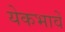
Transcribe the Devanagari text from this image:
येकभावें